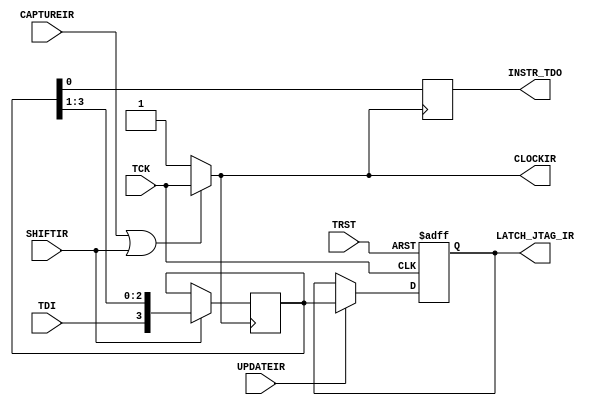
module ir
(
    input            TRST
,   input            TDI
,   input            TCK
,   input            UPDATEIR
,   input            SHIFTIR
,   input            CAPTUREIR
,   output reg [3:0] LATCH_JTAG_IR
,   output reg       INSTR_TDO
,   output           CLOCKIR
);

localparam BYPASS   = 4'hF;
reg [3:0] JTAG_IR;

assign CLOCKIR = CAPTUREIR | SHIFTIR ? TCK : 1'b1;

always @(posedge CLOCKIR) begin
    if( SHIFTIR ) JTAG_IR <= {TDI,JTAG_IR[3:1]};
end

always @(negedge CLOCKIR) begin
    INSTR_TDO <= JTAG_IR[0];
end

always @(posedge TCK or posedge TRST) begin
    if ( TRST ) begin
        LATCH_JTAG_IR <= BYPASS;
    end else 
    if ( UPDATEIR ) begin
        LATCH_JTAG_IR <= JTAG_IR;
    end
end

endmodule